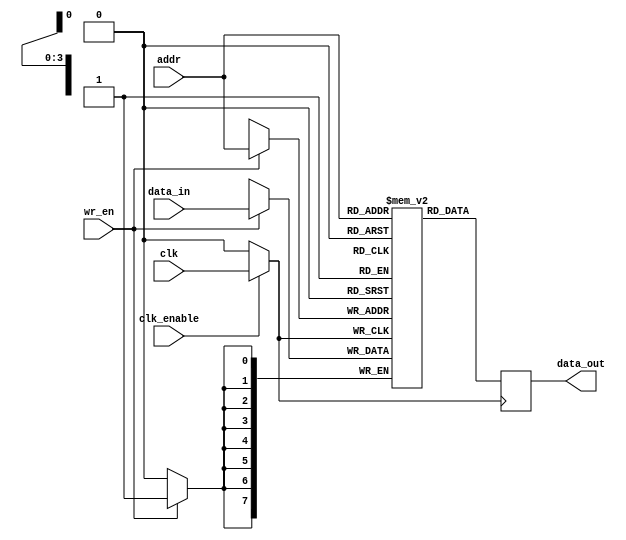
module memory_block (
    input wire clk,              // Global clock signal
    input wire clk_enable,       // Clock enable signal
    input wire [7:0] data_in,    // Data input for write operation
    input wire [3:0] addr,       // Address input
    input wire wr_en,            // Write enable
    output reg [7:0] data_out     // Data output for read operation
);

    // Memory array (e.g., 16 x 8 SRAM)
    reg [7:0] mem_array [15:0];

    // Gated clock signal
    wire gated_clk;

    // Transmission gate simulation for clock gating
    assign gated_clk = clk_enable ? clk : 1'b0;

    // Write operation (triggered by gated clock)
    always @(posedge gated_clk) begin
        if (wr_en) begin
            mem_array[addr] <= data_in; // Write data to memory
        end
    end

    // Read operation (triggered by gated clock)
    always @(posedge gated_clk) begin
        data_out <= mem_array[addr]; // Read data from memory
    end

endmodule